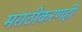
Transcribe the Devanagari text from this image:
मराठीकरणही